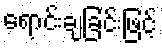
ရောင်းချခြင်းဖြင့်